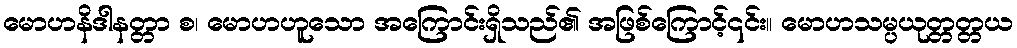
မောဟနိဒါနတ္တာ စ၊ မောဟဟူသော အကြောင်းရှိသည်၏ အဖြစ်ကြောင့်၎င်း။ မောဟသမ္ပယုတ္တတ္တယ